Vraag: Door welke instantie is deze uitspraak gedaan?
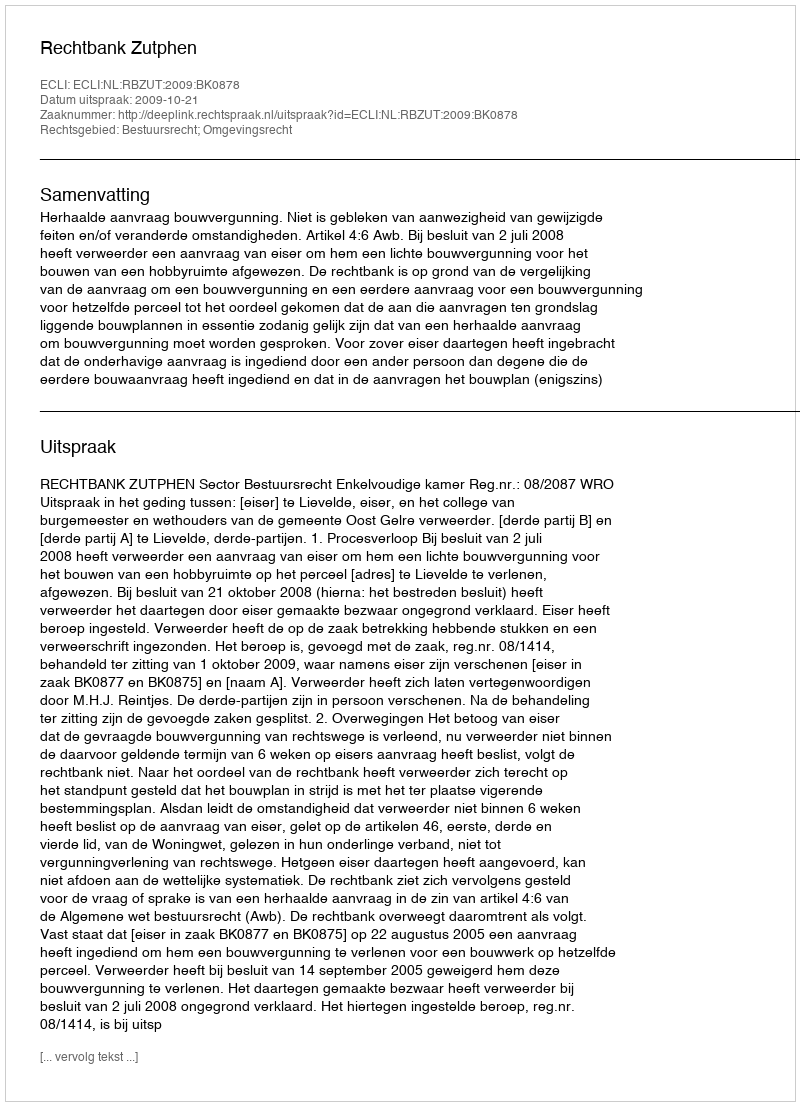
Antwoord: Rechtbank Zutphen